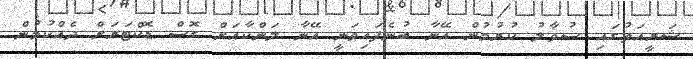
ޝަރީއަތުގައި ސުވާލު ކުރުމުން އޭނާ ބުނެފައިވަނީ އޭނާ ލަންކާއަށް ގޮސް ޑޮކްޓަރަށް ދެއްކުމުން